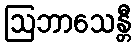
ဩဘာသေန္တီ